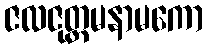
ဇလဇုတ္တမနာမကော